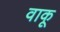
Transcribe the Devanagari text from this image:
वाकू